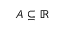
A \subseteq \mathbb { R }